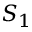
S _ { 1 }